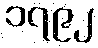
၁၇၉၂